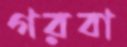
গরবা